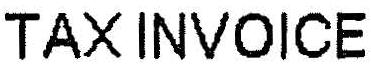
TAXINVOICE